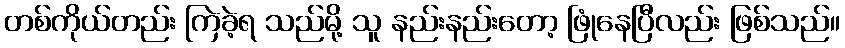
တစ်ကိုယ်တည်း ကြဲခဲ့ရ သည်မို့ သူ နည်းနည်းတော့ ဖြုံနေပြီလည်း ဖြစ်သည်။